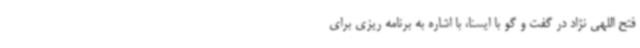
فتح اللهی نژاد در گفت و گو با ایسنا، با اشاره به برنامه ریزی برای